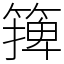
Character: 篺